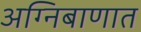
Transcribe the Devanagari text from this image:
अग्निबाणात